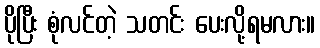
ပိုပြီး စုံလင်တဲ့ သတင်း ပေးလို့ရမလား။